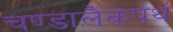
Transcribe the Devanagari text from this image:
चण्डालैकपथं